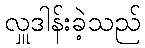
လှူဒါန်းခဲ့သည်